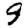
Digit: 9